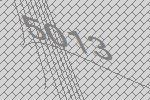
5013